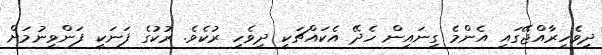
ދިވެހިރާއްޖޭގައި އެންމެ ގިނައިން ހެދޭ އެކައްޗަކީ ދިވެހި ރުކެވެ. ރުކުގެ ފަނަކީ ފަންވިނުމަށް